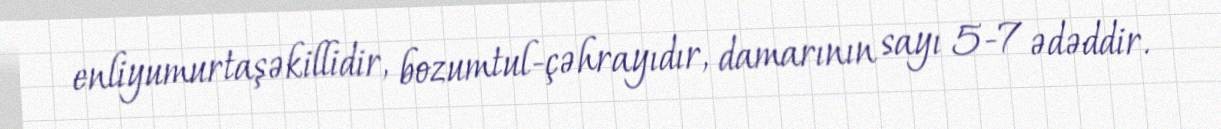
enliyumurtaşəkillidir, bozumtul-çəhrayıdır, damarının sayı 5-7 ədəddir.